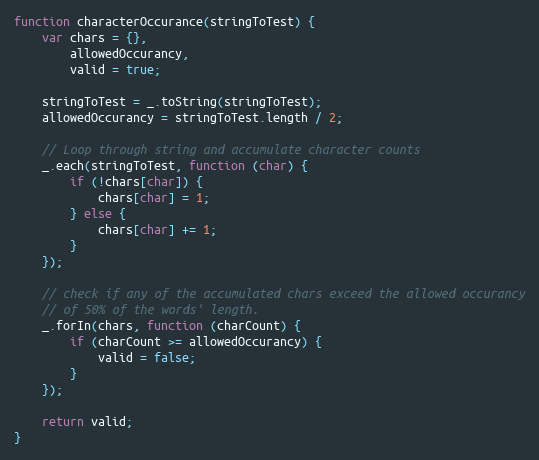
Language: JavaScript
function characterOccurance(stringToTest) {
    var chars = {},
        allowedOccurancy,
        valid = true;

    stringToTest = _.toString(stringToTest);
    allowedOccurancy = stringToTest.length / 2;

    // Loop through string and accumulate character counts
    _.each(stringToTest, function (char) {
        if (!chars[char]) {
            chars[char] = 1;
        } else {
            chars[char] += 1;
        }
    });

    // check if any of the accumulated chars exceed the allowed occurancy
    // of 50% of the words' length.
    _.forIn(chars, function (charCount) {
        if (charCount >= allowedOccurancy) {
            valid = false;
        }
    });

    return valid;
}